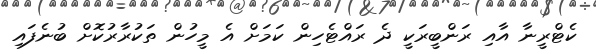
ކެޓްރީނާ އާއި ރަންބީރަކީ ދެ ރައްޓެހިން ކަމަށް އެ މީހުން ތަކުރާރުކޮށް ބުނެފައި